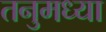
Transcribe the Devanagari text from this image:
तनुमध्या